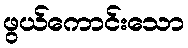
ဖွယ်ကောင်းသော